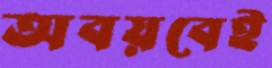
অবয়বেই